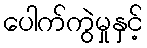
ပေါက်ကွဲမှုနှင့်